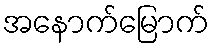
အနောက်မြောက်